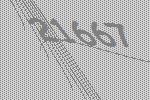
21667